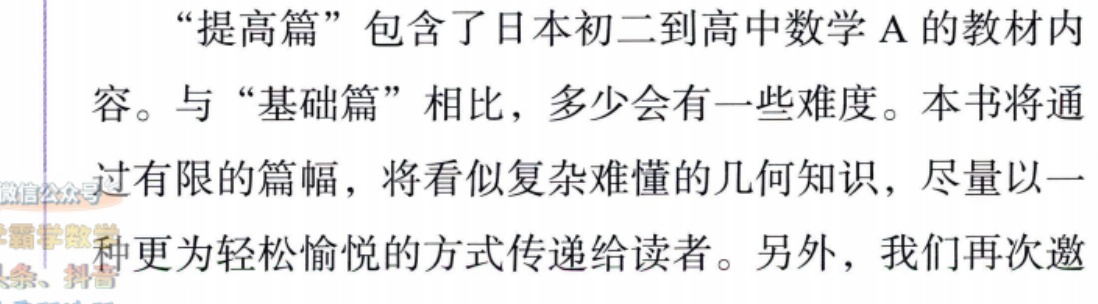
“提高篇”包含了日本初二到高中数学 A 的教材内

容。与“基础篇”相比，多少会有一些难度。本书将通

过有限的篇幅，将看似复杂难懂的几何知识，尽量以一

种更为轻松愉悦的方式传递给读者。另外，我们再次邀